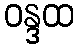
ဝန္ဒထ